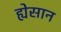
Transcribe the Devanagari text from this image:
ह्येसान